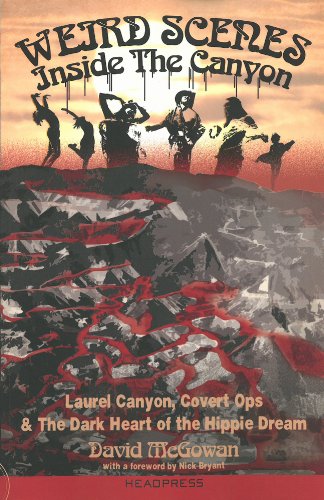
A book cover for Weird Scenes Inside the Canyon: Laurel Canyon, Covert Ops & the Dark Heart of the Hippie Dream; David McGowan; Biographies & Memoirs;